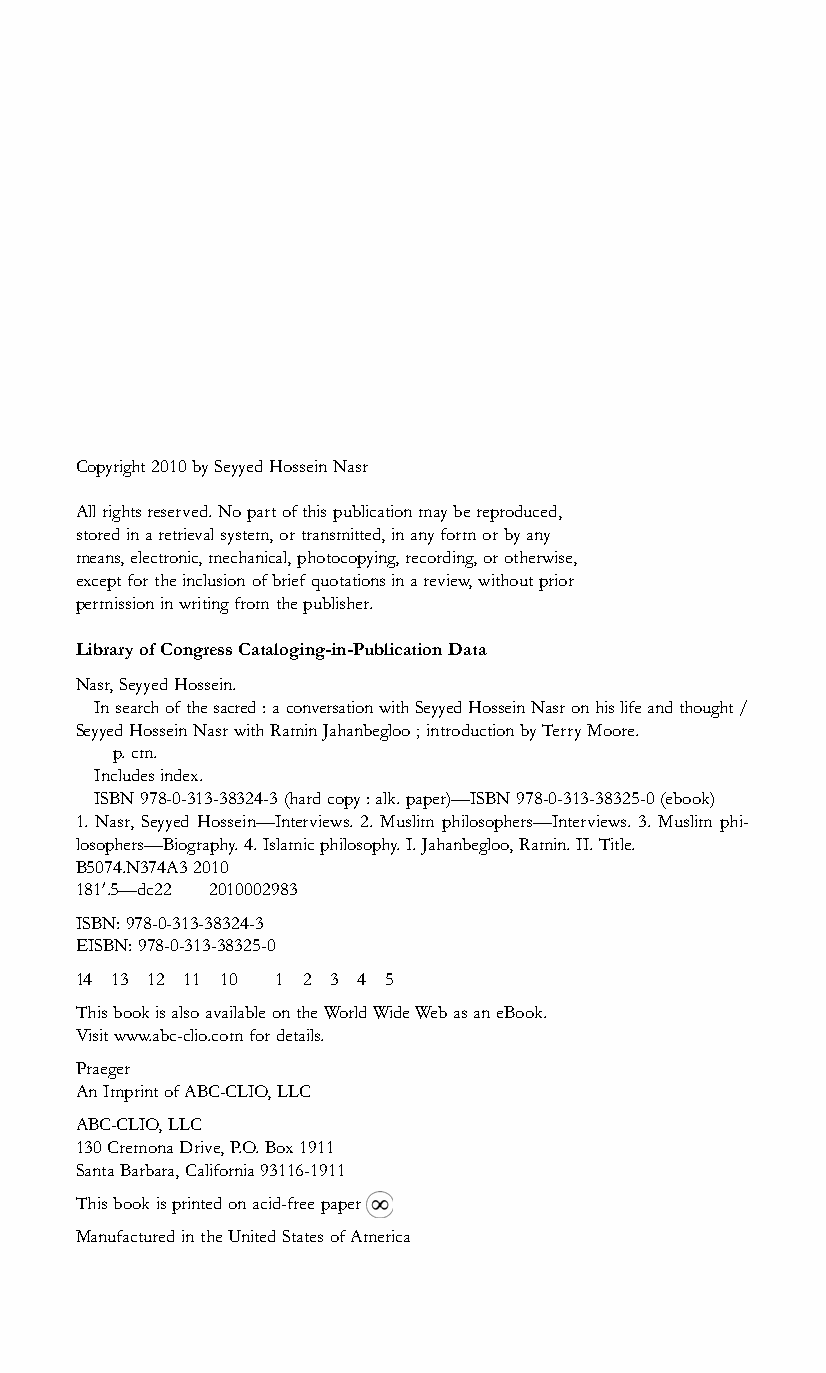
Copyright2010bySeyyedHosseinNasr
 Allrightsreserved.Nopartofthispublicationmaybereproduced,
 storedinaretrievalsystem,ortransmitted,inanyformorbyany
 means,electronic,mechanical,photocopying,recording,orotherwise,
 exceptfortheinclusionofbriefquotationsinareview,withoutprior
 permissioninwritingfromthepublisher.
 LibraryofCongressCataloging-in-PublicationData
 Nasr,SeyyedHossein.
 Insearchofthesacred:aconversationwithSeyyedHosseinNasronhislifeandthought/
 SeyyedHosseinNasrwithRaminJahanbegloo;introductionbyTerryMoore.
 p.cm.
 Includesindex.
 ISBN978-0-313-38324-3(hardcopy:alk.paper)—ISBN978-0-313-38325-0(ebook)
 1. Nasr, Seyyed Hossein—Interviews. 2. Muslim philosophers—Interviews. 3. Muslim phi-
 losophers—Biography.4.Islamicphilosophy.I.Jahanbegloo,Ramin.II.Title.
 B5074.N374A32010
 1810.5—dc22 2010002983
 ISBN:978-0-313-38324-3
 EISBN:978-0-313-38325-0
 14 13 12 11 10 1 2 3 4 5
 ThisbookisalsoavailableontheWorldWideWebasaneBook.
 Visitwww.abc-clio.comfordetails.
 Praeger
 AnImprintofABC-CLIO,LLC
 ABC-CLIO,LLC
 130CremonaDrive,P.O.Box1911
 SantaBarbara,California93116-1911
 Thisbookisprintedonacid-freepaper
 ManufacturedintheUnitedStatesofAmerica